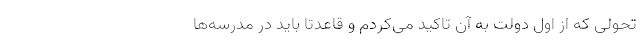
تحولی که از اول دولت به آن تاکید می‌کردم و قاعدتا باید در مدرسه‌ها